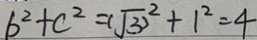
b ^ { 2 } + c ^ { 2 } = ( \sqrt { 3 } ) ^ { 2 } + 1 ^ { 2 } = 4